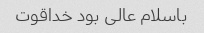
باسلام عالی بود خداقوت